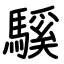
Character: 騱